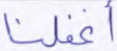
أغفلنا